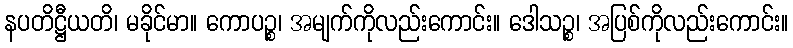
နပတိဋ္ဌီယတိ၊ မခိုင်မာ။ ကောပဉ္စ၊ အမျက်ကိုလည်းကောင်း။ ဒေါသဉ္စ၊ အပြစ်ကိုလည်းကောင်း။